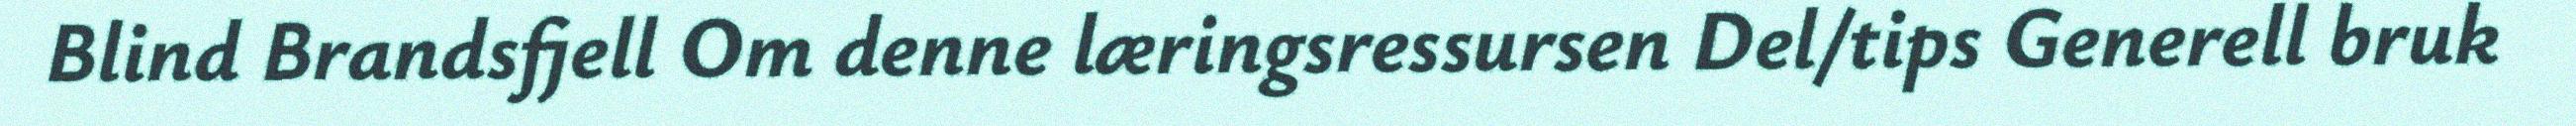
Blind Brandsfjell Om denne læringsressursen Del/tips Generell bruk